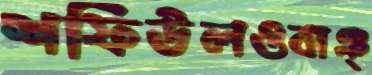
শফিউলওবাঞ্